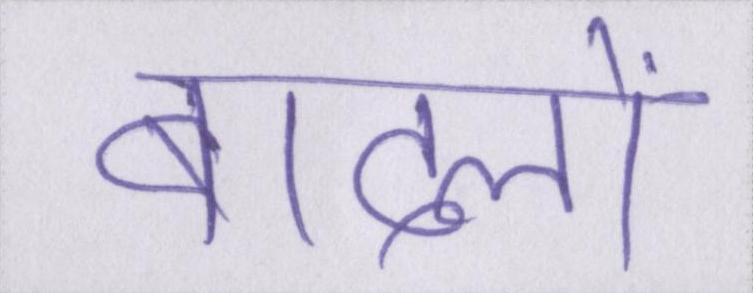
बादलों